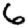
Digit: 6